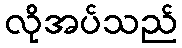
လိုအပ်သည်